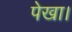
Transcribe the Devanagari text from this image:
पेखा।